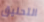
التحليق